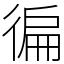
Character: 徧